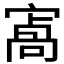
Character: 𡪝